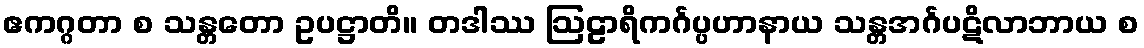
ဧကဂ္ဂတာ စ သန္တတော ဥပဋ္ဌာတိ။ တဒါဿ ဩဠာရိကင်္ဂပ္ပဟာနာယ သန္တအင်္ဂပဋိလာဘာယ စ